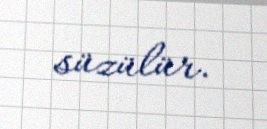
süzülür.